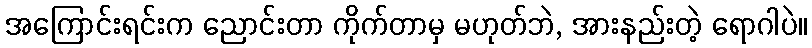
အကြောင်းရင်းက ညောင်းတာ ကိုက်တာမှ မဟုတ်ဘဲ, အားနည်းတဲ့ ရောဂါပဲ။